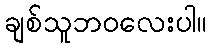
ချစ်သူဘဝလေးပါ။